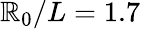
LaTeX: \mathbb{R}_{0}/L=1.7